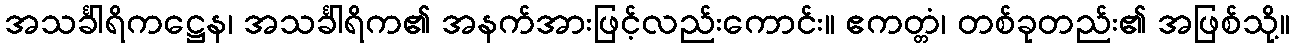
အသင်္ခါရိကဋ္ဌေန၊ အသင်္ခါရိက၏ အနက်အားဖြင့်လည်းကောင်း။ ဧကတ္တံ၊ တစ်ခုတည်း၏ အဖြစ်သို့။